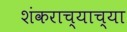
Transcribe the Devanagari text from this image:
शंकराच्याच्या